Eesti_Esindaja_Kaug-Idas_ja_Hiinas, lk 17
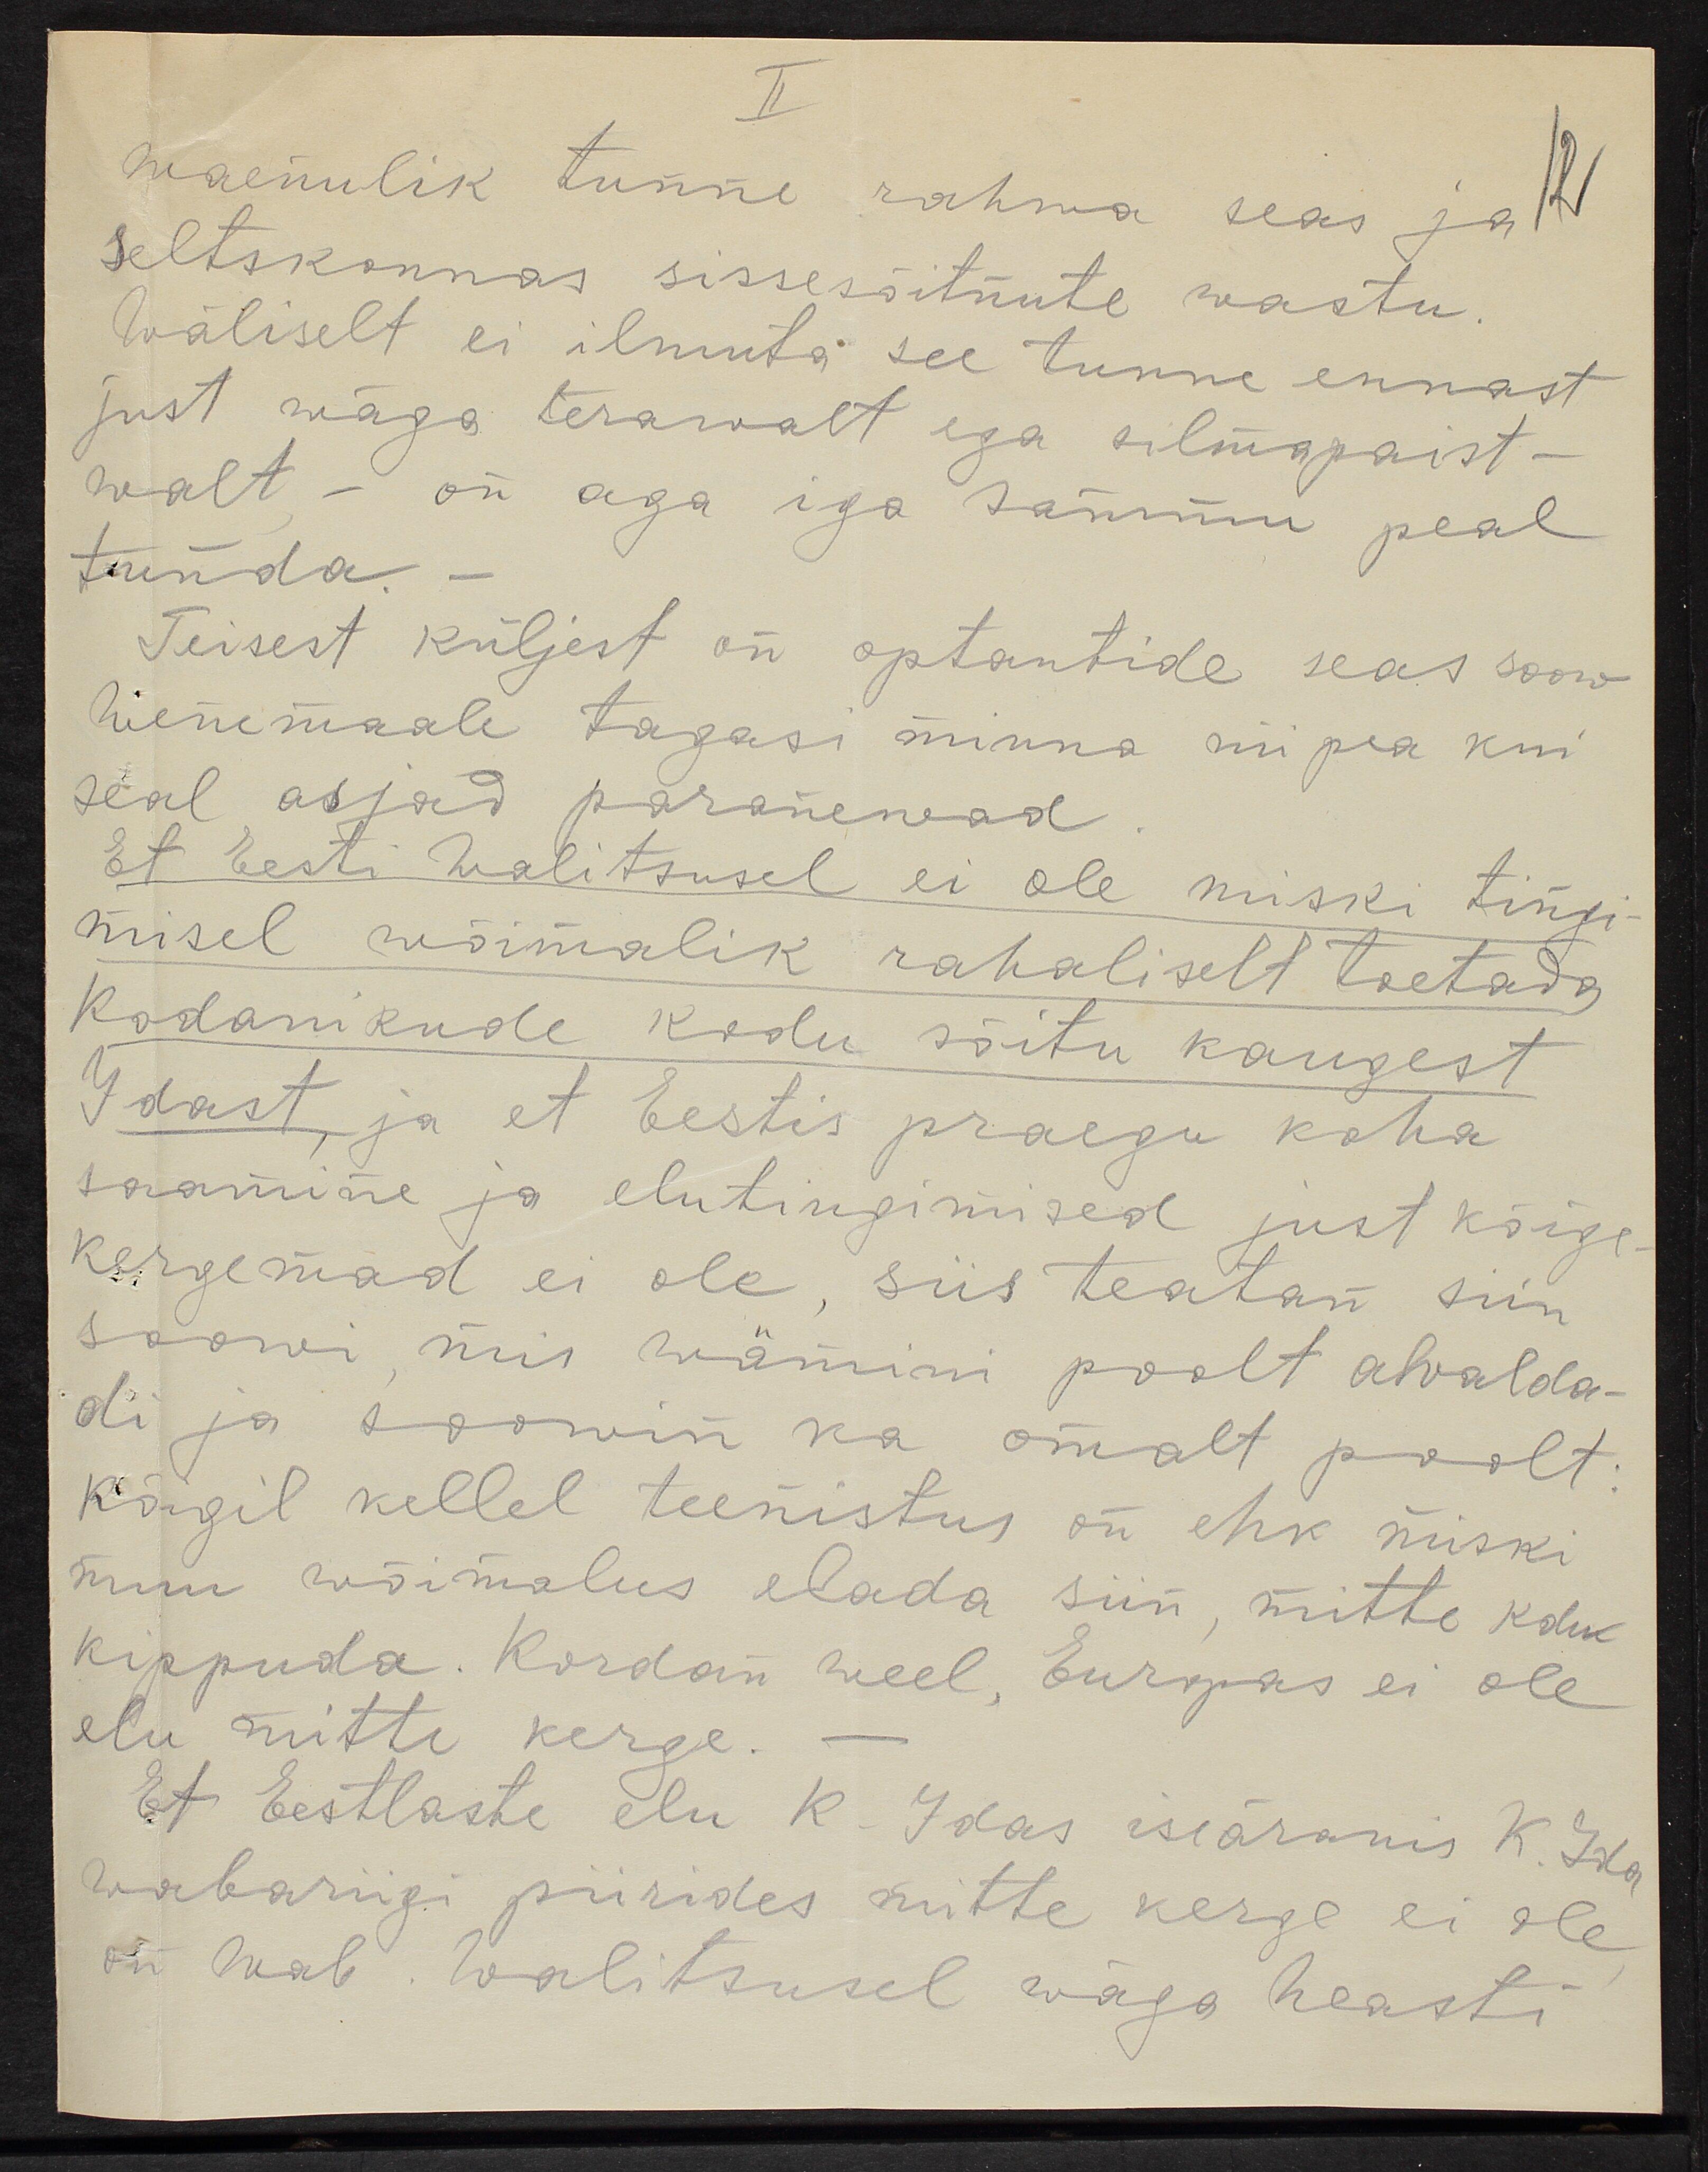
II
12
waenulik tunne rahwa seas ja
Seltskonnas sissesõitnute wastu
wäliselt ei ilmuta see tunne ennast
just wäga terawalt ega silmapaist -
walt - on aga iga sammu peal
tunda -
Teisest küljest on optantide seas soow
Wenemaale tagasi minna nii pea kui
seal asjad paranewad.
Et Eesti Walitsusel ei ole miski tingi-
misel wõimalik rahaliselt toetada
Kodanikude kodu sõitu kaugest,
Idast ja et Eestis praegu koha
saamine ja elutingimised just kõige
kergemad ei ole, siis teatan siin
soowi mis wämini poolt avalda-
di ja soowin ka omalt poolt:
Kõigil kellel teenistus on ehk miski
muu wõimalus elada siin, mitte kodu
kippuda. Kordan weel, Europas ei ole
elu mitte kerge.
Et Eestlaste elu K-Idas iseäranis K-Ida
wabariigi piirides mitte kerge ei ole
on Wab. Walitsusel wäga heasti